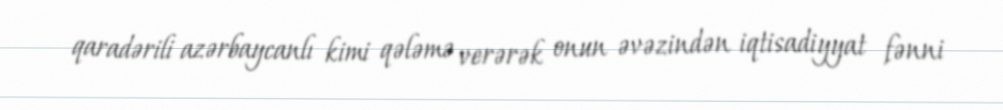
qaradərili azərbaycanlı kimi qələmə verərək onun əvəzindən iqtisadiyyat fənni